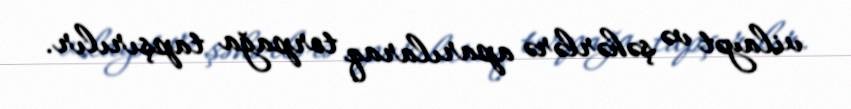
vilayət və şəhərlərə aparılaraq torpağa tapşırılır.